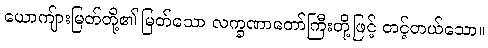
ယောကျ်ားမြတ်တို့၏ မြတ်သော လက္ခဏာတော်ကြီးတို့ဖြင့် တင့်တယ်သော။